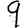
Digit: 9